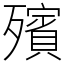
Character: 殯